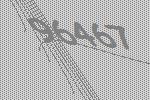
96467